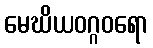
မေဃိယဝဂ္ဂဝရော